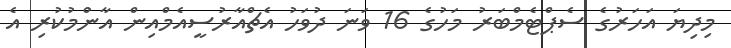
މިދިޔަ އަހަރުގެ ސެޕްޓެމްބަރު މަހުގެ 16 ވަނަ ދުވަހު އެޗްއާރުސީއެމްއިން އާންުމުކުރި އެ